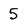
Character: 5